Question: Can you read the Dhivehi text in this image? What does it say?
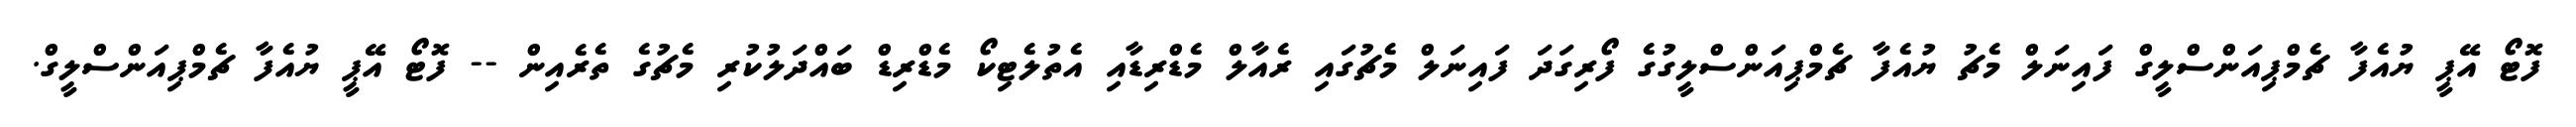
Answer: ފޮޓޯ އޭޕީ ޔުއެފާ ޗެމްޕިއަންސްލީގް ފައިނަލް މެޗު ޔުއެފާ ޗެމްޕިއަންސްލީގުގެ ފޯރިގަދަ ފައިނަލް މެޗުގައި ރެއާލް މެޑްރިޑާއި އެތުލެޓިކޯ މެޑްރިޑް ބައްދަލުކުރި މެޗުގެ ތެރެއިން -- ފޮޓޯ އޭޕީ ޔުއެފާ ޗެމްޕިއަންސްލީގް.